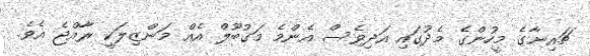
ޗައިނާގެ މީހުންގެ މެދުގައި އަދިވެސް އެންމެ މަގުބޫލް އެއް މަންޒިލަކީ ރާއްޖެ އެވެ.